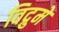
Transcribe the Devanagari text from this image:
विद्रुमे